Vaccination in the Punjab 1883-1896 - 1883-1896
Year: 1883
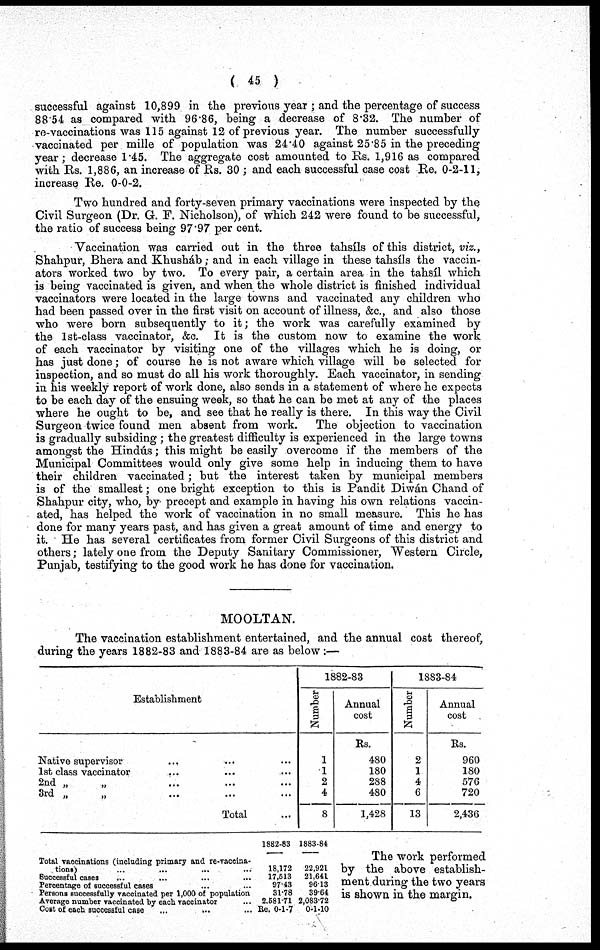
( 45 )
successful against 10,899 in the previous year ; and the percentage of success
88.54 as compared with 96.86, being a decrease of 8.32. The number of
re-vaccinations was 115 against 12 of previous year. The number successfully
vaccinated per mille of population was 24.40 against 25.85 in the preceding
year; decrease 1.45. The aggregate cost amounted to Rs. 1,916 as compared
with Rs. 1,886, an increase of Rs. 30 ; and each successful case cost Re. 0-2-11,
increase Re. 0-0-2.
Two hundred and forty-seven primary vaccinations were inspected by the
Civil Surgeon (Dr. G. F. Nicholson), of which 242 were found to be successful,
the ratio of success being 97.97 per cent.
Vaccination was carried out in the three tahsíls of this district, viz.,
Shahpur, Bhera and Khusháb; and in each village in these tahsíls the vaccin¬
ators worked two by two. To every pair, a certain area in the tahsíl which
is being vaccinated is given, and when the whole district is finished individual
vaccinators were located in the large towns and vaccinated any children who
had been passed over in the first visit on account of illness, &c., and also those
who were born subsequently to it; the work was carefully examined by
the 1st-class vaccinator, &c. It is the custom now to examine the work
of each vaccinator by visiting one of the villages which he is doing, or
has just done; of course he is not aware which village will be selected for
inspection, and so must do all his work thoroughly. Each vaccinator, in sending
in his weekly report of work done, also sends in a statement of where he expects
to be each day of the ensuing week, so that he can be met at any of the places
where he ought to be, and see that he really is there. In this way the Civil
Surgeon twice found men absent from work. The objection to vaccination
is gradually subsiding ; the greatest difficulty is experienced in the large towns
amongst the Hindús; this might be easily overcome if the members of the
Municipal Committees would only give some help in inducing them to have
their children vaccinated; but the interest taken by municipal members
is of the smallest; one bright exception to this is Pandit Diwán Chand of
Shahpur city, who, by precept and example in having his own relations vaccin-
ated, has helped the work of vaccination in no small measure. This he has
done for many years past, and has given a great amount of time and energy to
it. He has several certificates from former Civil Surgeons of this district and
others; lately one from the Deputy Sanitary Commissioner, Western Circle,
Punjab, testifying to the good work he has done for vaccination.
MOOLTAN.
The vaccination establishment entertained, and the annual cost there of,
during the years 1882-83 and 1883-84 are as below :—
Establishment
Native supervisor
...
...
...
1st class vaccinator ... ... ...
2nd „ „ ... ... ...
3rd „ „ ... ... ...
Total ...
1882-83
Number
1
1
2
4
8
Annual
cost
Rs.
480
180
288
480
1,428
1883-84
Number
2
1
4
6
13
Annual
cost
Rs.
960
180
576
720
2,436
Total vaccinations (including primary and re-vaccina-
tions) ... ... ... ...
Successful cases ... ... ... ...
Percentage of successful cases ... ... ... ...
Persons successfully vaccinated per 1,000 of population
Average number vaccinated by each vaccinator ... ...
Cost of each successful case ... ... ... ...
1882-83
18,172
17,513
97.43
31.78
2,581.71
Rs. 0-1-7
1883-84
22,921
21,641
96.13
39.64
2,083.72
0-1-10
The work performed
by the above establish-
ment during the two years
is shown in the margin.